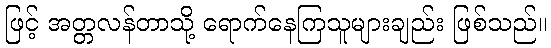
ဖြင့် အတ္တလန်တာသို့ ရောက်နေကြသူများချည်း ဖြစ်သည်။